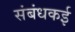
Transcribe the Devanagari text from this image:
संबंधकई